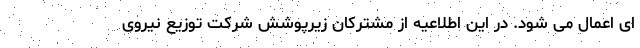
ای اعمال می شود. در این اطلاعیه از مشترکان زیرپوشش شرکت توزیع نیروی